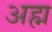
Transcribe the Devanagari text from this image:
अह्म